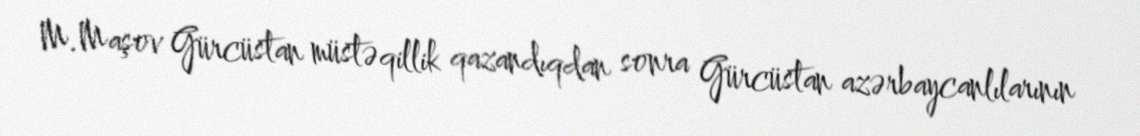
M.Maşov Gürcüstan müstəqillik qazandıqdan sonra Gürcüstan azərbaycanlılarının